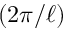
( 2 \pi / \ell )